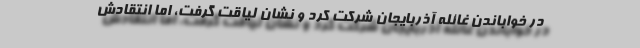
در خواباندن غائله آذربایجان شرکت کرد و نشان لیاقت گرفت، اما انتقادش